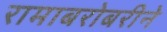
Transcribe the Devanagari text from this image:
रामाबरोबरीने